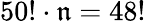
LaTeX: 50!\cdot\mathfrak{n}=48!